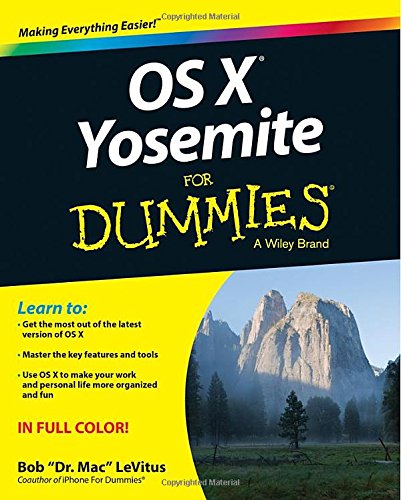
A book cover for OS X Yosemite For Dummies; Bob LeVitus; Computers & Technology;